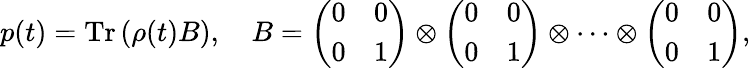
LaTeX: p(t)=\operatorname{Tr}\left(\rho(t)B\right),\quad B=\left(\begin{array}{ll}{0}&{0}\\ {0}&{1}\end{array}\right)\otimes\left(\begin{array}{ll}{0}&{0}\\ {0}&{1}\end{array}\right)\otimes\cdots\otimes\left(\begin{array}{ll}{0}&{0}\\ {0}&{1}\end{array}\right),